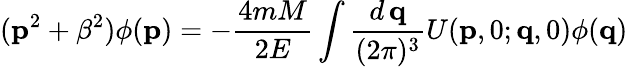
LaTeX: ({\mathbf p}^{2}+\beta^{2})\phi({\mathbf p})=-\frac{4mM}{2E}\int\frac{d\, {\mathbf q}}{(2\pi)^{3}}U({\mathbf p},0;{\mathbf q},0)\phi({\mathbf q})